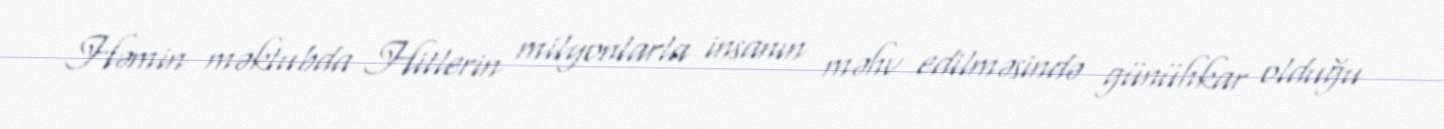
Həmin məktubda Hitlerin milyonlarla insanın məhv edilməsində günühkar olduğu